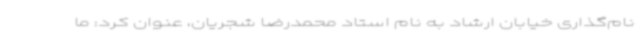
نام‌گذاری خیابان ارشاد به نام استاد محمدرضا شجریان، عنوان کرد: ما